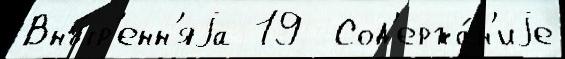
Вну́тр'енн'яjа 19  Сод'ержа́н'иjе